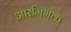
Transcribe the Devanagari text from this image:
आरमिभक